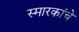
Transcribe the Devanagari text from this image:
स्मारकांचे